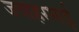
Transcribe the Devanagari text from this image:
जवाहरभाई